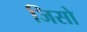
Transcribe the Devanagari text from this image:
जिसो